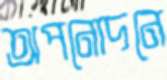
অপনোদনে